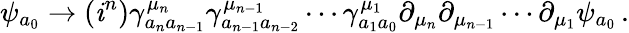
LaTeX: \psi_{a_{0}}\rightarrow(\mathit{i}^{n})\gamma_{a_{n}a_{n-1}}^{\mu_{n}}\gamma_{a_{n-1}a_{n-2}}^{\mu_{n-1}}\cdots\gamma_{a_{1}a_{0}}^{\mu_{1}}\partial_{\mu_{n}}\partial_{\mu_{n-1}}\cdots\partial_{\mu_{1}}\psi_{a_{0}}\, .